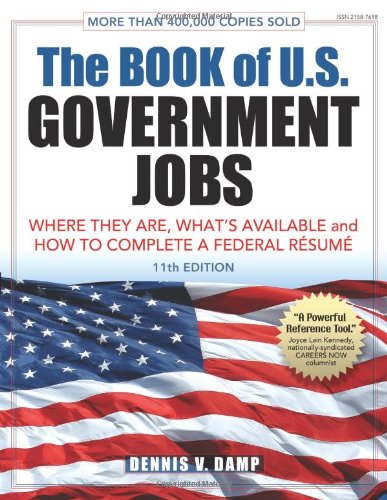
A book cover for The Book of U.S. Government Jobs: Where They Are, What's Available, & How to Complete a Federal Resume; Dennis V. Damp; Business & Money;